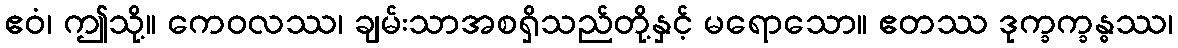
ဧဝံ၊ ဤသို့။ ကေဝလဿ၊ ချမ်းသာအစရှိသည်တို့နှင့် မရောသော။ ဧတဿ ဒုက္ခက္ခန္ဓဿ၊